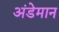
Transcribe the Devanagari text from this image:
अंडेमान